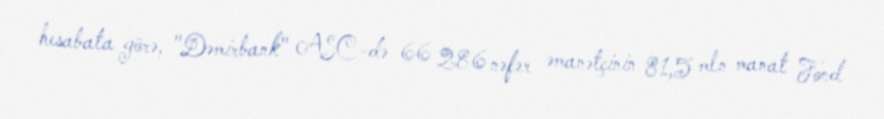
hesabata görə, "Dəmirbank" ASC-də 66 286 nəfər əmanətçinin 81,5 mln manat Fond